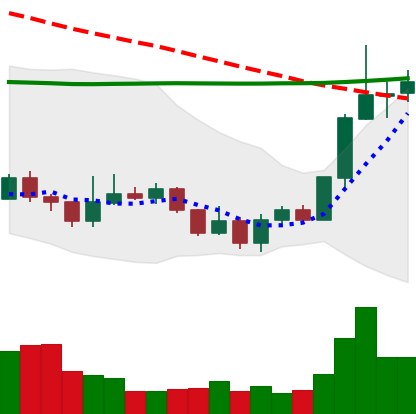
Ticker: LINK-USD
Chart end date: 2020-01-10
Forward return: 8.139%
Label: up_7plus